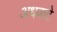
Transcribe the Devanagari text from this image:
अधवाटे